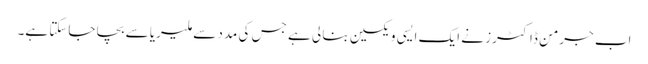
اب جرمن ڈاکٹرز نے ایک ایسی ویکسین بنا لی ہے جس کی مدد سے ملیریا سے بچا جاسکتا ہے۔